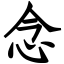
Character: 念